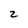
Character: 2